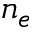
n _ { e }